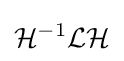
{\mathcal {H}}^{-1}{\mathcal {L}}{\mathcal {H}}